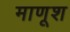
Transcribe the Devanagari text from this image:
माणूश